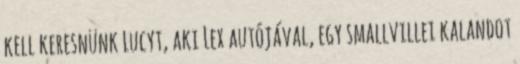
kell keresnünk Lucyt, aki Lex autójával, egy smallvillei kalandot